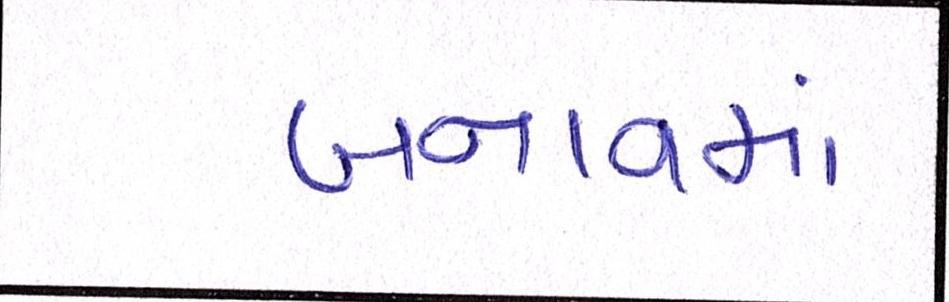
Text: બનાવમાં